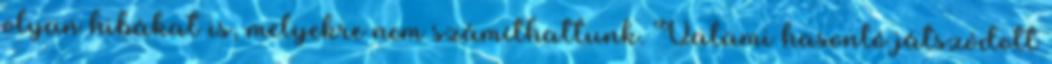
olyan hibákat is, melyekre nem számíthattunk. Valami hasonló játszódott